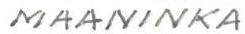
MAANINKA